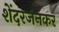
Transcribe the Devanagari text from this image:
शेंदरजनकर